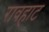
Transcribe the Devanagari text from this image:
रावहाट